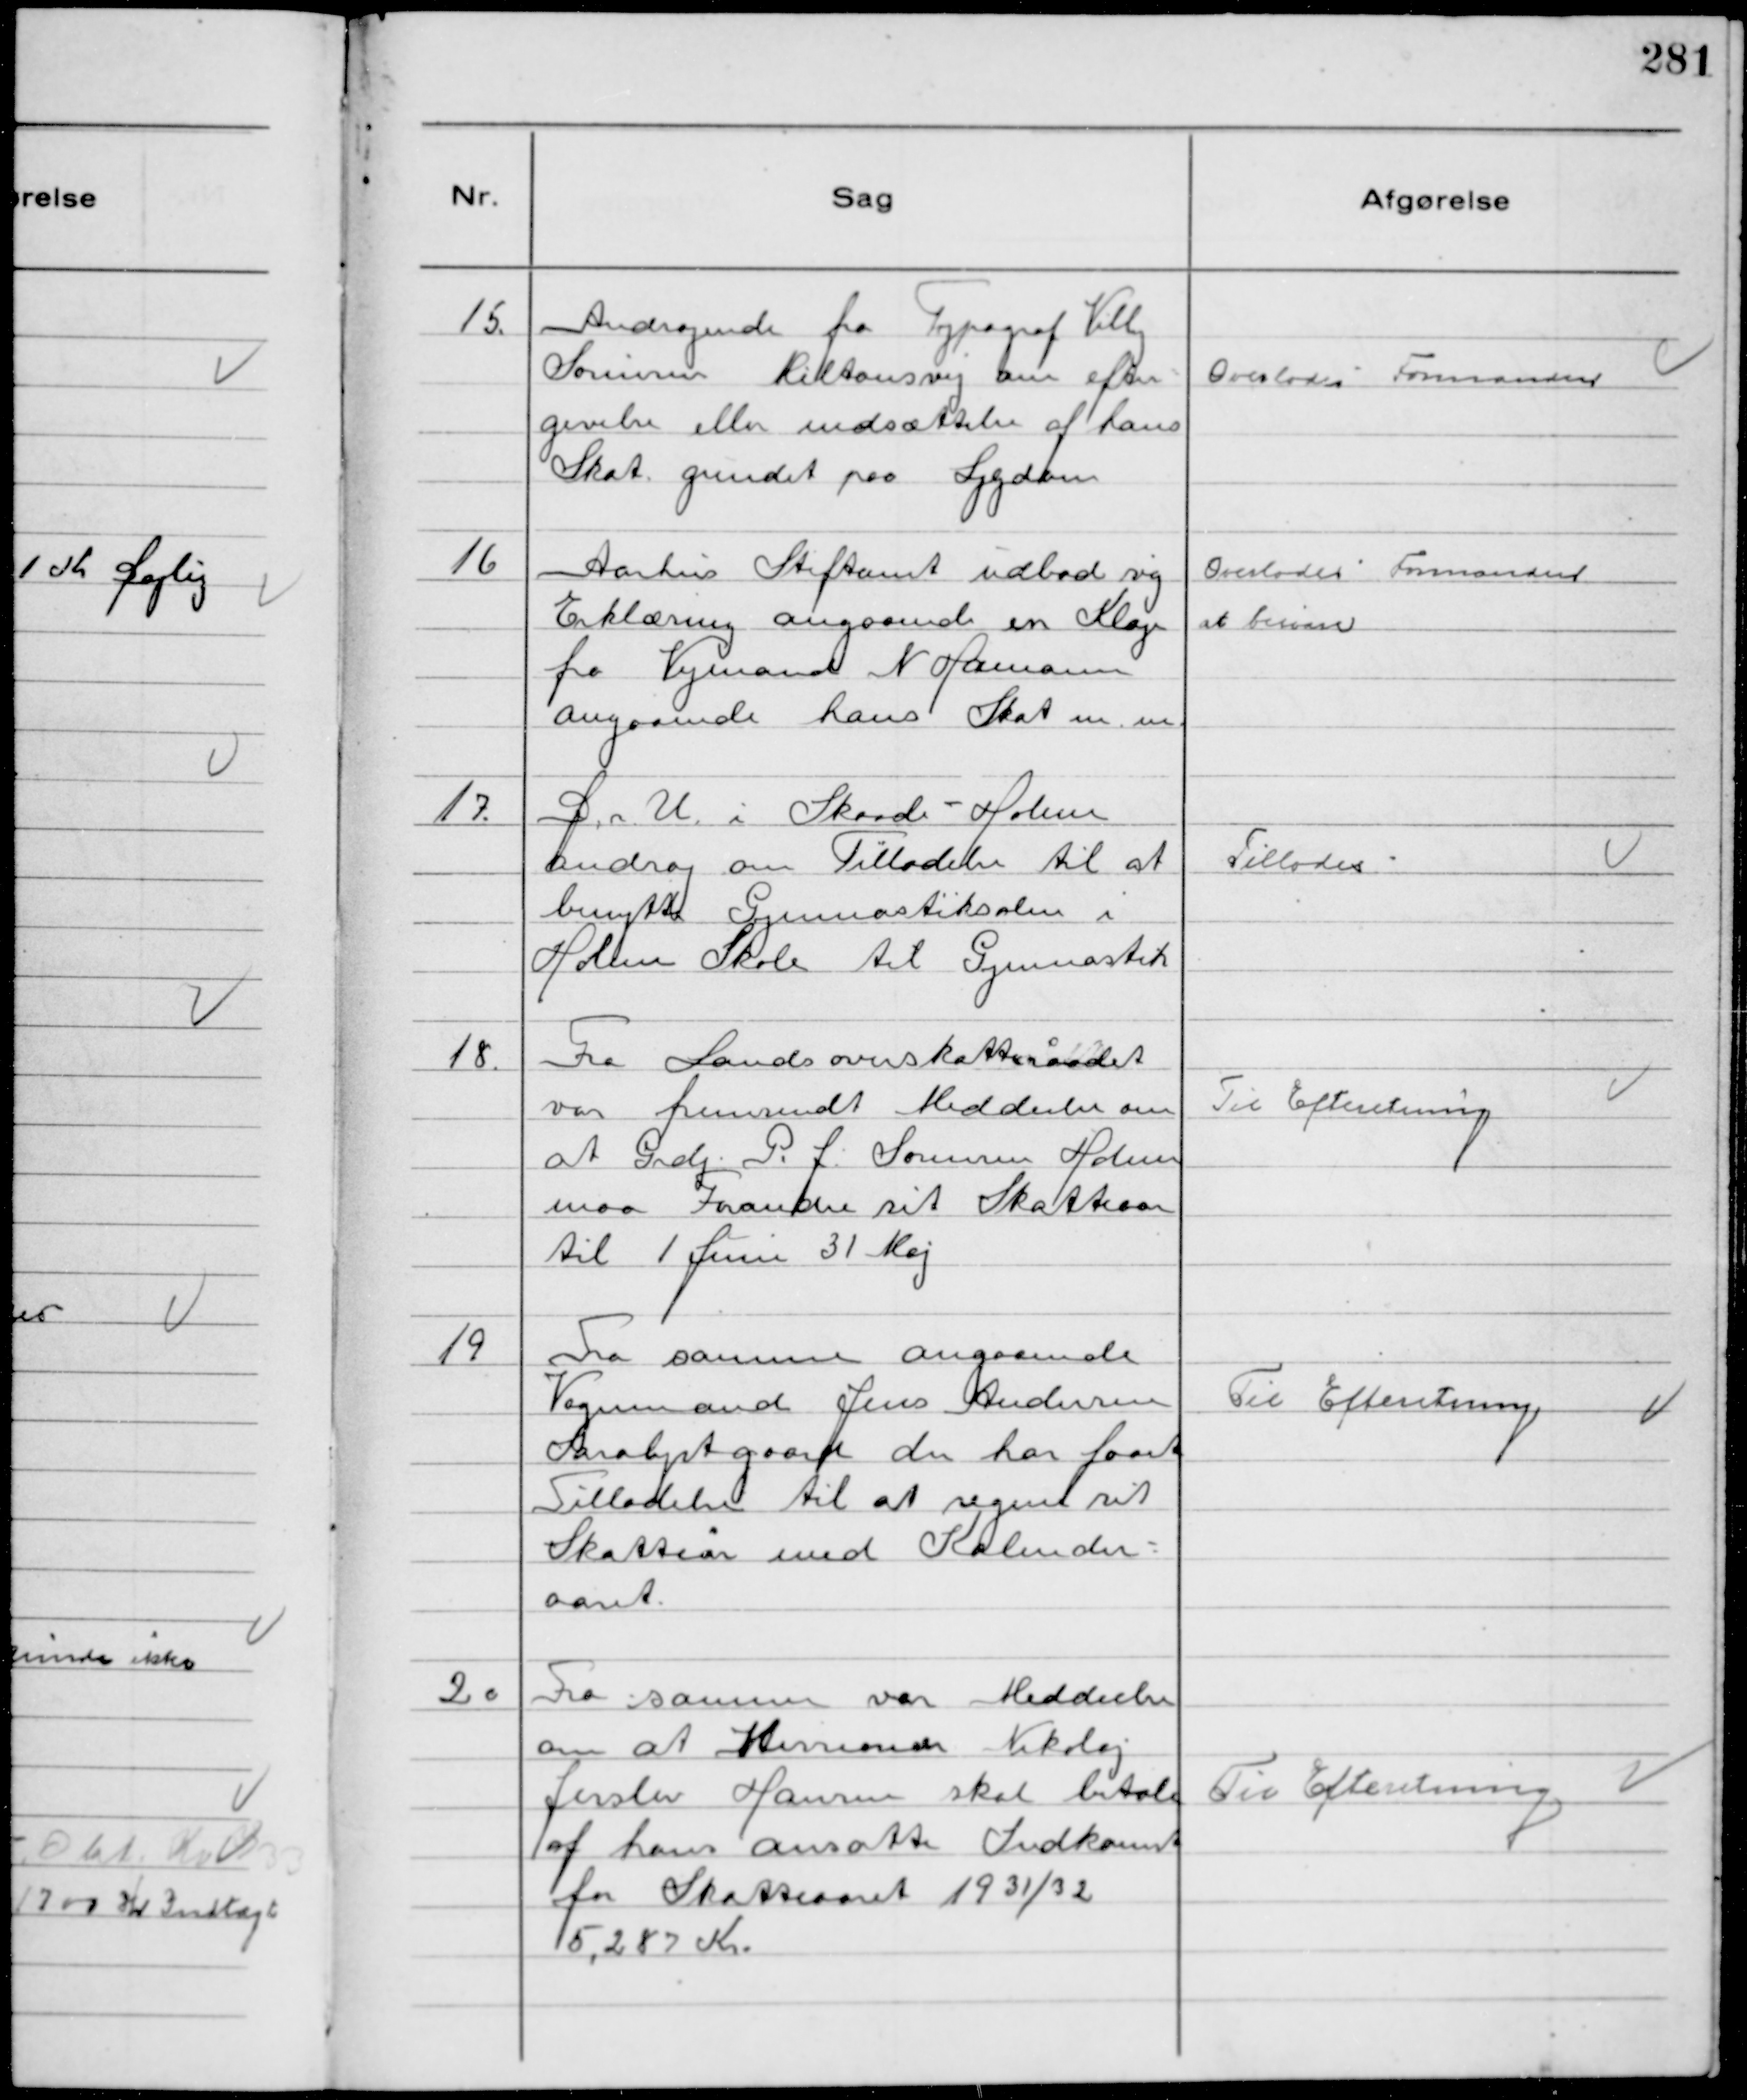
Transskription:
15.
Andragende fra Typograf Villy
Sørensen Miltonsvej om efter-
givelse eller nedsættelse af hans
Skat grundet paa Sygdom

Overlodes Formanden

16
Aarhus Stiftamt udbad sig
Erklæring angaaende en Klage
fra Vejmand N Hamann
angaaende hans Skat m.m.

Overlodes Formanden
at besvare

17.
D. U. i Skaade- Holme
androg om Tilladelse til at
benytte Gymnastiksalen i
Holme Skole til Gymnastik

Tillodes

18.
Fra Landsoverskatteraadet
var fremsendt Meddeelse om
at Grdj. P. J. Sørensen Holme
maa Forandre sit Skatteaar
til 1 Juni 31 Maj

Til Efteretning

19
Fra samme angaaende
Vognmand Jens Andersen
Saralystgaard der har faaet
Tilladelse til at regne sit
Skatteår med Kalender-
aaret.

Til Efteretning

20
Fra samme var Meddeelse
om at Missionær Nikolaj
Jerslev Hansen skal betale
af hans ansatte Indkomst
for Skatteaaret 1931/32
5,287 Kr.

Til Efteretning